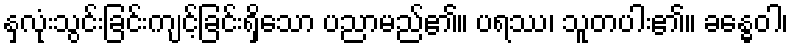
နှလုံးသွင်းခြင်းကျင့်ခြင်းရှိသော ပညာမည်၏။ ပရဿ၊ သူတပါး၏။ ခန္ဓေဝါ၊